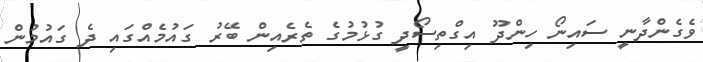
ވެގެންދާނީ ސައިނޯ ހިންދޫ އިގްތިސޯދީ ގުޅުމުގެ ތެރެއިން ބޭރު ގައުމެއްގައި ދެ ގައުމުން